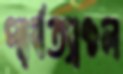
পার্বত্যাঞ্চল